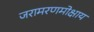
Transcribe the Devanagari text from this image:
जरामरणमोक्षाय